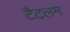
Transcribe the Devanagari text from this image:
टैटलम